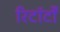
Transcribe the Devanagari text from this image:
रिटॉर्टों